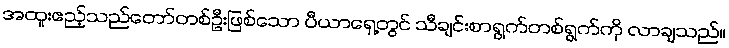
အထူးဧည့်သည်တော်တစ်ဦးဖြစ်သော ပီယာရှေ့တွင် သီချင်းစာရွက်တစ်ရွက်ကို လာချသည်။